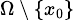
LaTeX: \scriptstyle\Omega\, \setminus\, \{ x_{0}\}